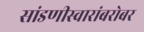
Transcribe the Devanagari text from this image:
सांडणीस्वारांबरोबर